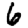
Digit: 6